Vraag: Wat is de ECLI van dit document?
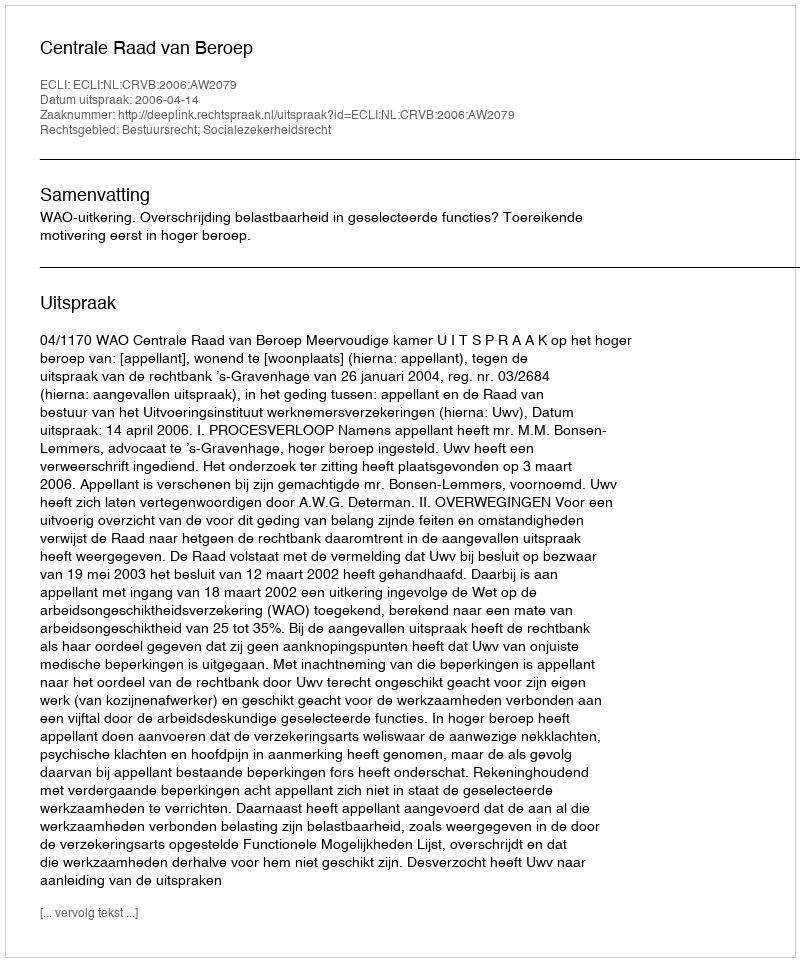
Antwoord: ECLI:NL:CRVB:2006:AW2079